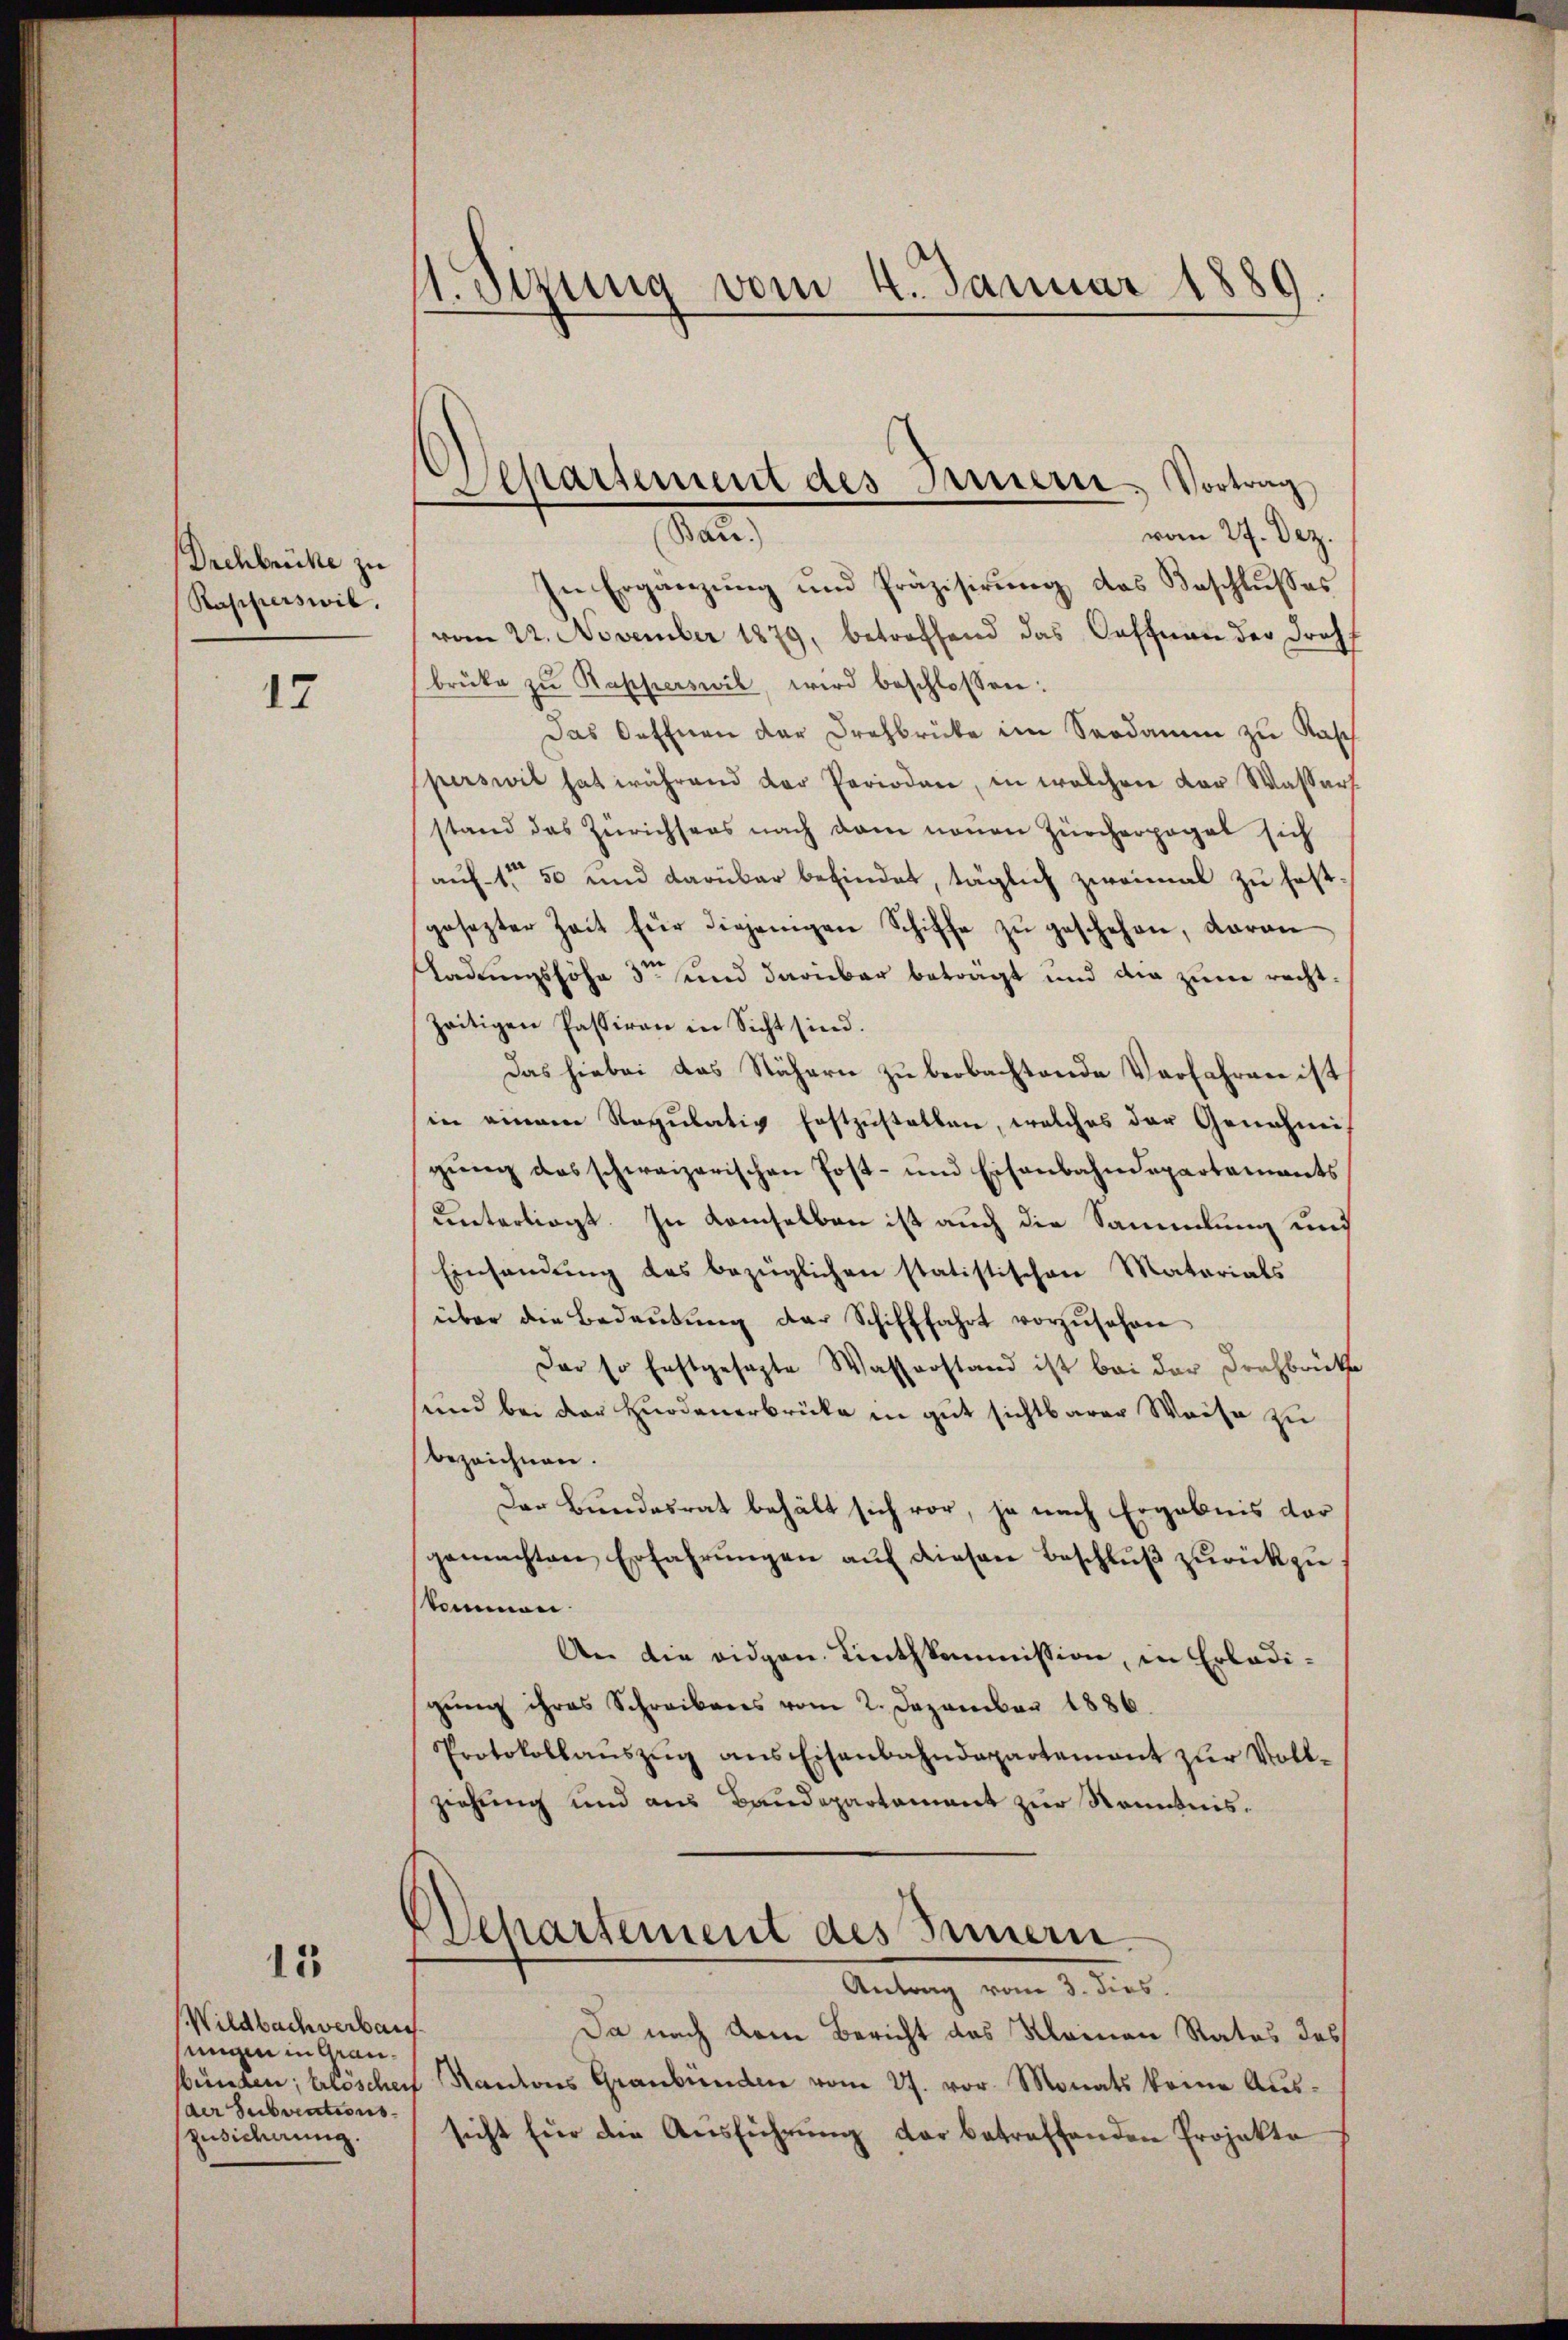
Drehbrüche zu
Rapperswil.

17

15

Wildbachverbaus
sungen in Grau¬
(der Subventions¬
Zusicirung.

1. Sizung vom 4. Januar 1889.

vom 27. Dez.
In Ergänzung und Präzisirung das Beschlusses
vom 22. November 1879, betreffend das Oeffnau der Drohf
brüke zŭ Rapperswil, wird beschlossen:
Das Oeffnen der Drehbrücke im Soodamm zu Rasch
sperswil hat während der Perioden, in welchen der Wassers
stand das Zürichsers nach dem neuen Zürcherpogel sich
auf 1 50 und darüber befindet, täglich zweimal zu fast
gesezter Zeit für diejenigen Schiffe zŭ geschehen, daran
ladungshöhe 3ten und darüber beträgt und die zum rechtzeitigen Passiren in Sicht sind.
Das hiebei das Nähern zu beobachtende Verfahren ist
in einem Regulativ festzustellen, welches der Genehmigŭng das schweizerischen Post- und Eisenbahndepartaments
unterliegt. In Kamselben ist auch die Sammlung und
Einsamung des bezüglichen statistischen Materials
über die Bedaŭtŭng der Schifffahrt vorzŭsehen
Der so festgesagte Wasserstand ist bei der Drohbrücke
sund bei der Hnodenerbrücke in gut sichtbarer Weise zu
bezeichnen.
Der Bundesrat behält sich vor, ja nach Ergebnis der
gemachten Erfahrŭngen aŭf diesen Beschlŭβ zŭrückzu
skommen.
An die vidgen. Linthkommission, in Erledigung ihres Schreibens vom 2. Dezember 1886.
Protokollaŭszŭg ans Eisenbahndepartement zŭr Vollziehung und aus Baudepartement zur Kenntnis¬
Departement des Innern.
Antrag vom 3. dies
Da nach dem Bericht des Kleinen Rates des
sünden; klöschen Kantons Graubünden vom 27. vor. Monats keine Aŭs-
sicht für die Ausführung der betreffenden Projekte

Separtement des Bauerte. Vortrag
da